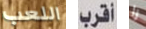
اللعب أقرب را